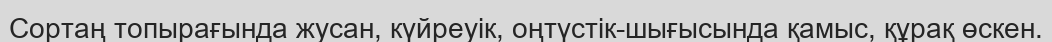
Сортаң топырағында жусан, күйреуік, оңтүстік-шығысында қамыс, құрақ өскен.